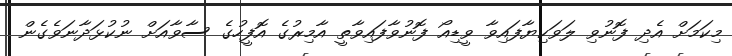
މިކަމަށް އެދި ފޮނުވި ލަވަކިޔާފައިވާ ވީޑިއޯ ފޮނުވާފައިވާތީ އާމިރުގެ އޮފީހުގެ ސާވާއަށް ނުކުޅަދާނަވެގެން